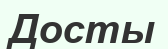
Досты